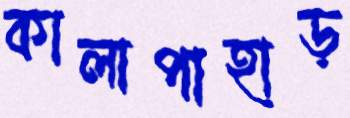
কালাপাহাড়